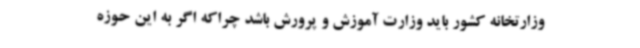
وزارتخانه کشور باید وزارت آموزش و پرورش باشد چراکه اگر به این حوزه